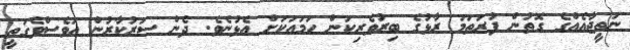
ނަތީޖާއެއްގެ ގޮތުން ފުރަތަމަ ރާޅުގެ ބިރުވެރިކަން ހަމައަކަށް އެޅުނެވެ. ދެން ސަރުކާރުން އަވެސްވެގަތީ